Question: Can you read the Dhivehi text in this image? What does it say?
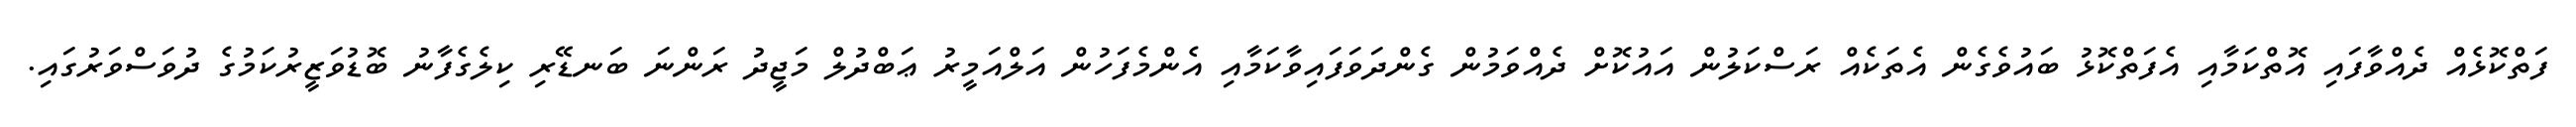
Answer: ފަތްކޮޅެއް ދެއްވާފައި އޮތްކަމާއި އެފަތްކޮޅު ބައުވެގެން އެތަކެއް ރަސްކަލުން އައުކޮށް ދެއްވަމުން ގެންދަވަފައިވާކަމާއި އެންމެފަހުން އަލްއަމީރު ޢަބްދުލް މަޖީދު ރަންނަ ބަނޑޭރި ކިލެގެފާނު ބޮޑުވަޒީރުކަމުގެ ދުވަސްވަރުގައި.